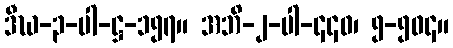
ဒီဃ-၃-ပါ-ဋ္ဌ-၁၅၇။ အဘိ-၂-ပါ-၄၄၀၊ ၅-၅၀၄။